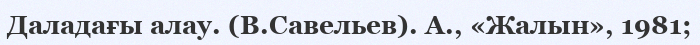
Даладағы алау. (В.Савельев). А., «Жалын», 1981;